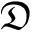
\mathfrak { D }